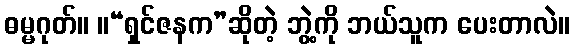
ဓမ္မဂုတ်။ ။“ရှင်ဇနက”ဆိုတဲ့ ဘွဲ့ကို ဘယ်သူက ပေးတာလဲ။